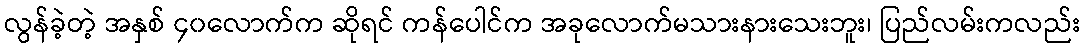
လွန်ခဲ့တဲ့ အနှစ် ၄၀လောက်က ဆိုရင် ကန်ပေါင်က အခုလောက်မသားနားသေးဘူး၊ ပြည်လမ်းကလည်း